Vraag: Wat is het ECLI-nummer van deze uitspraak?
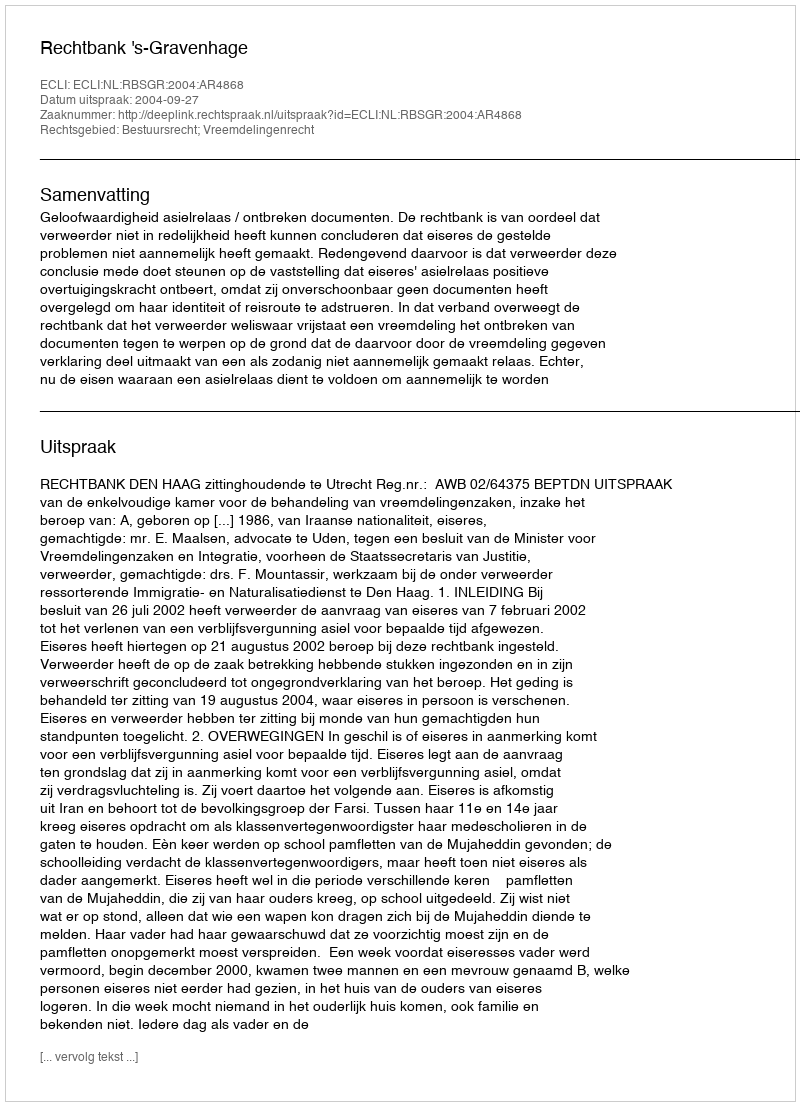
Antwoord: ECLI:NL:RBSGR:2004:AR4868